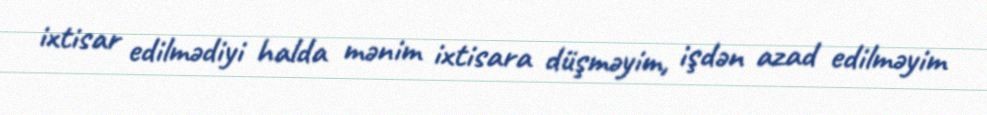
ixtisar edilmədiyi halda mənim ixtisara düşməyim, işdən azad edilməyim